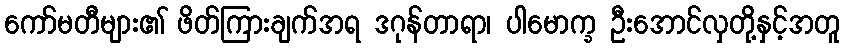
ကော်မတီများ၏ ဖိတ်ကြားချက်အရ ဒဂုန်တာရာ၊ ပါမောက္ခ ဦးအောင်လှတို့နှင့်အတူ